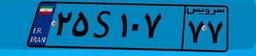
۲۵S۱۰۷۷۷